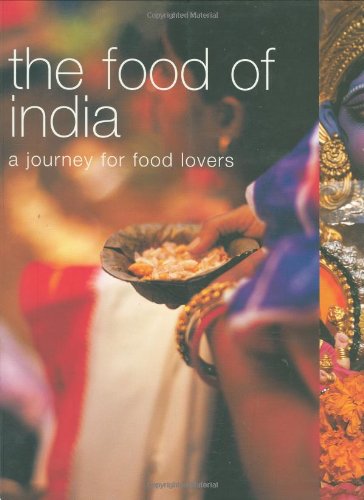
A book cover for Food of India: A Journey for Food Lovers (Food of the World); Murdoch Books Test Kitchen; Cookbooks, Food & Wine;